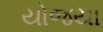
યોજયા